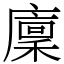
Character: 廩